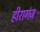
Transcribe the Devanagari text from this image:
हीरागंज